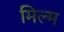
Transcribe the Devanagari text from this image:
मिल्म